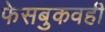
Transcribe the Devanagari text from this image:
फेसबुकवही